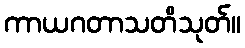
ကာယဂတာသတိသုတ်။